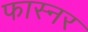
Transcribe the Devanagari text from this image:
फास्नर